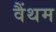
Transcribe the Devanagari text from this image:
वैंथम